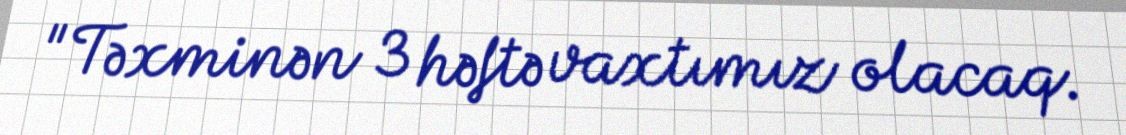
"Təxminən 3 həftə vaxtımız olacaq.